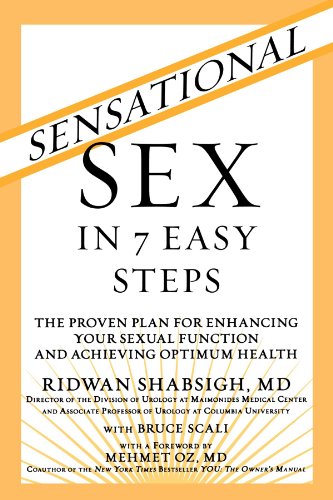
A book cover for Sensational Sex in 7 Easy Steps: The Proven Plan for Enhancing Your Sexual Function and Achieving Optimum Health; Dr. Ridwan Shabsigh  MD M.D.; Health, Fitness & Dieting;